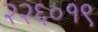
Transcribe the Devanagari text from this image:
२२६०१९